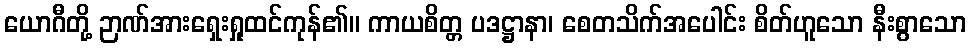
ယောဂီတို့ ဉာဏ်အားရှေးရှုထင်ကုန်၏။ ကာယစိတ္တ ပဒဋ္ဌာနာ၊ စေတသိက်အပေါင်း စိတ်ဟူသော နီးစွာသော